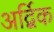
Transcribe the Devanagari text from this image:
अर्द्विक